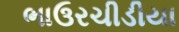
ભાઉરચીડીયા